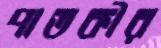
পাতকীর